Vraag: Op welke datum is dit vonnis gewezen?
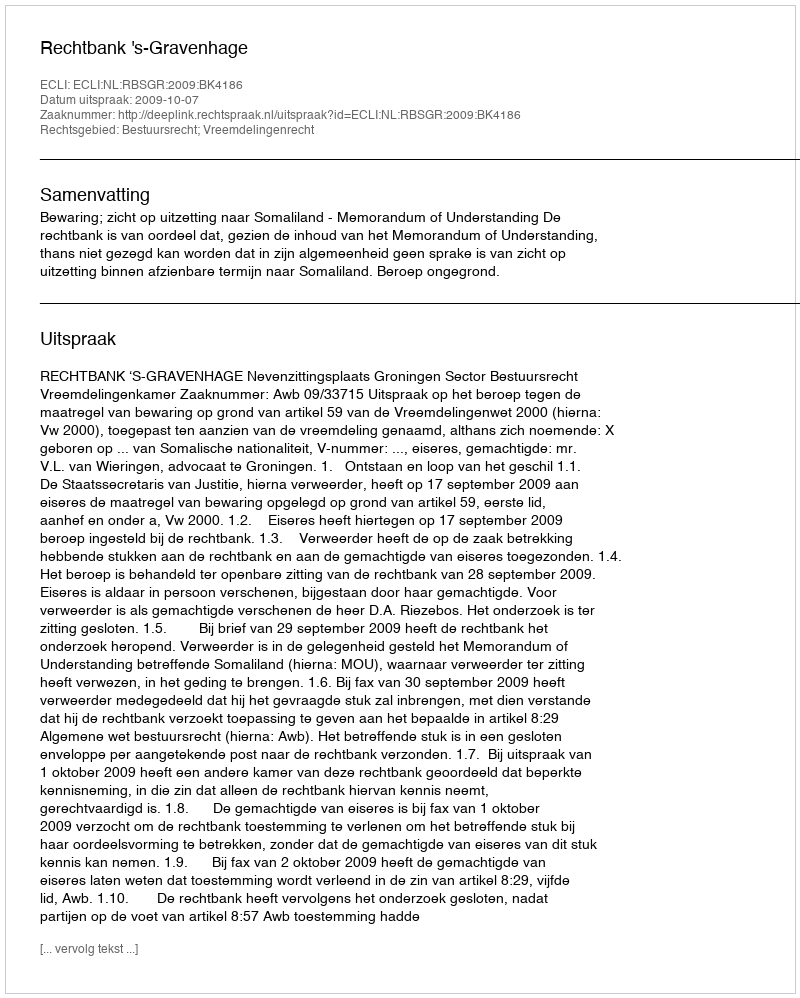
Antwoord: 2009-10-07